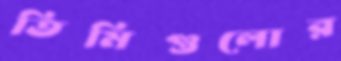
তিমিগুলোর